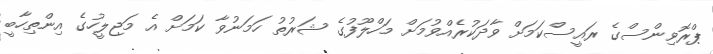
ޕްރޮވިންސްގެ ރައީސްކަމަށް ވާދަކުރެއްވުމަށް މަހްލޫފުގެ ޝަރުތު ހަމަނުވާ ކަމަށް އެ މަޖިލީހުގެ އިންތިހާބީ